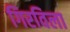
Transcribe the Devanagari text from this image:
गिरविला